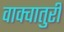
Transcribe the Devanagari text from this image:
वाक्चातुरी